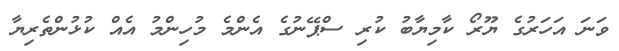
ވަނަ އަހަރުގެ ޔޫރޯ ކާމިޔާބު ކުރި ސްޕޭނުގެ އެންމެ މުހިންމު އެއް ކުޅުންތެރިޔާ